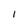
Character: 1